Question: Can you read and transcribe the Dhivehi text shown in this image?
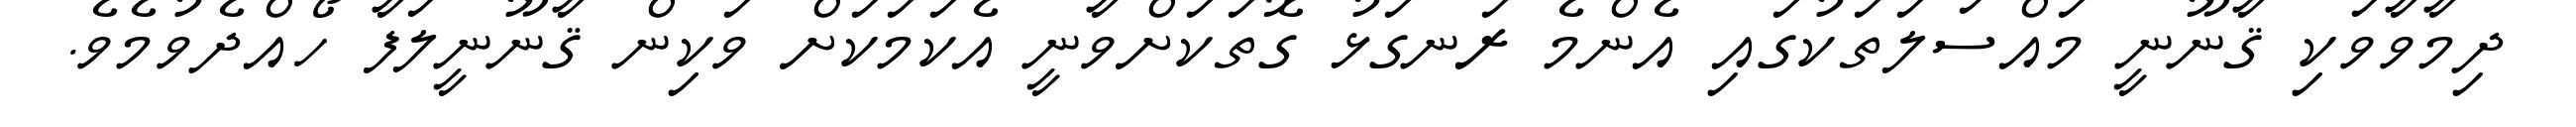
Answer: ދިމާވާވަކި ޤާނޫނީ މައްސަލަތަކުގައި އެންމެ ރަނގަޅު ގޮތަކަށްވާނީ އެކަމަކަށް ވަކިން ޤާނޫނީލަފާ ހޯއްދެވުމެވެ.